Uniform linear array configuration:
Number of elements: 4
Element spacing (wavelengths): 0.25
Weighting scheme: uniform
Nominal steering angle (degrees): -60
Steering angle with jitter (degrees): -59.263
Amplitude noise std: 0.05
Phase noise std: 0.05

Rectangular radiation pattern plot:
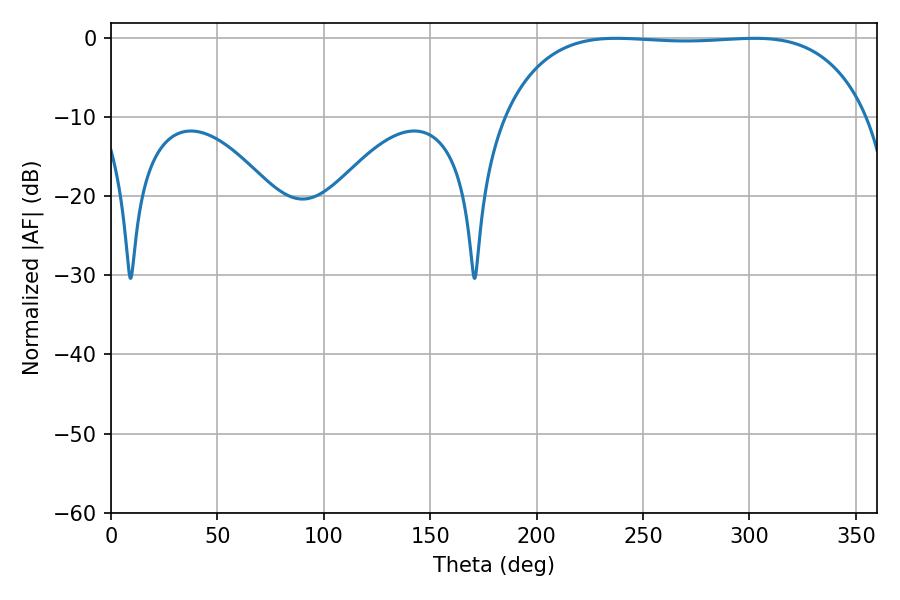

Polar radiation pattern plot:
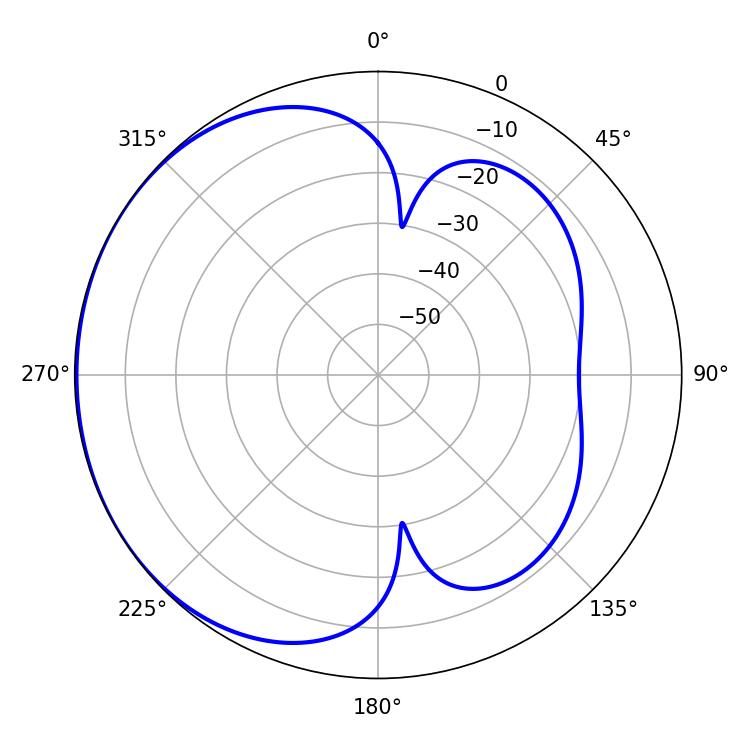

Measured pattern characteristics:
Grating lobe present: FALSE
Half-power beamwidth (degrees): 133.92
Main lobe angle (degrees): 237.42